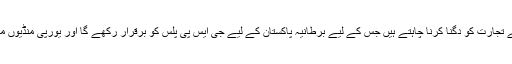
برطانوی وزیر تجارت نے کہا کہ پاکستان سے تجارت کو دگنا کرنا چاہتے ہیں جس کے لیے برطانیہ پاکستان کے لیے جی ایس پی پلس کو برقرار رکھے گا اور یورپی منڈیوں میں پاکستان کی حمایت جاری رکھی جائے گی۔